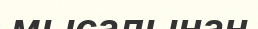
мысалынан